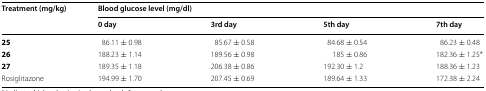
| <ROWSPAN=2> Treatment (mg/kg) | <COLSPAN=4> Blood glucose level (mg/dl) |
 | 0 day | 3rd day | 5th day | 7th day |
 | --- | --- | --- | --- | --- |
 | 25 | 86.11 ± 0.98 | 85.67 ± 0.58 | 84.68 ± 0.54 | 86.23 ± 0.48 |
 | 26 | 188.23 ± 1.14 | 189.56 ± 0.98 | 185 ± 0.86 | 182.36 ± 1.25* |
 | 27 | 189.35 ± 1.18 | 206.38 ± 0.86 | 192.30 ± 1.2 | 188.36 ± 1.23 |
 | Rosiglitazone | 194.99 ± 1.70 | 207.45 ± 0.69 | 189.64 ± 1.33 | 172.38 ± 2.24 |